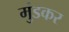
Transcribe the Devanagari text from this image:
मुंडकर